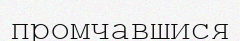
промчавшися